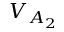
V _ { A _ { 2 } }